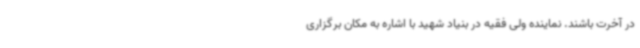
در آخرت باشند. نماینده ولی فقیه در بنیاد شهید با اشاره به مکان برگزاری